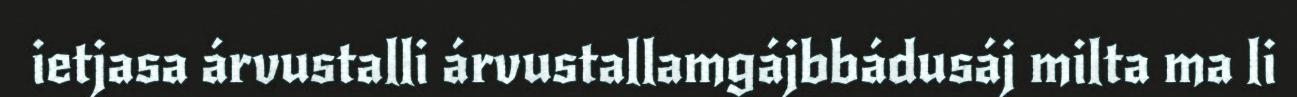
ietjasa árvustalli árvustallamgájbbádusáj milta ma li